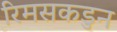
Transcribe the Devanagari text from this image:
रिमसकडुन